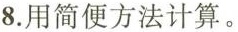
8.用简便方法计算。